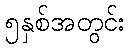
၅နှစ်အတွင်း